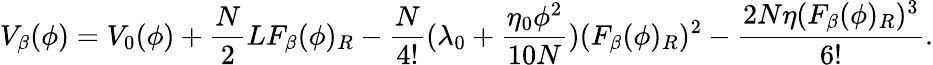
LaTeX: V_{\beta}(\phi)=V_{0}(\phi)+\frac{N}{2}LF_{\beta}(\phi)_{R}-\frac{N}{4!}(\lambda_{0}+\frac{\eta_{0}\phi^{2}}{10N})(F_{\beta}(\phi)_{R})^{2}-\frac{2N\eta(F_{\beta}(\phi)_{R})^{3}}{6!}.